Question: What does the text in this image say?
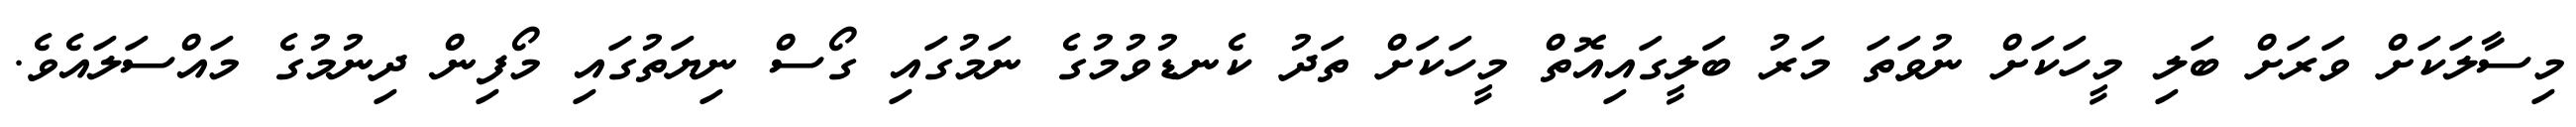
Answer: މިސާލަކަށް ވަރަށް ބަލި މީހަކަށް ނުވަތަ މަރު ބަލީގައިއޮތް މީހަކަށް ތަދު ކެނޑުވުމުގެ ނަމުގައި ގޯސް ނިޔަތުގައި މޯފިން ދިނުމުގެ މައްސަލައެވެ.